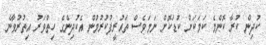
ކުދިން ކުރާ ކޮންމެ ކަމަކަށް ކުޑަކޮށް ނަމަވެސް ތައުރީފުކުރުމުން އެކުދިންގެ ހިތްވަރު އިތުރުވާނެ